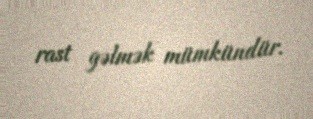
rast gəlmək mümkündür.